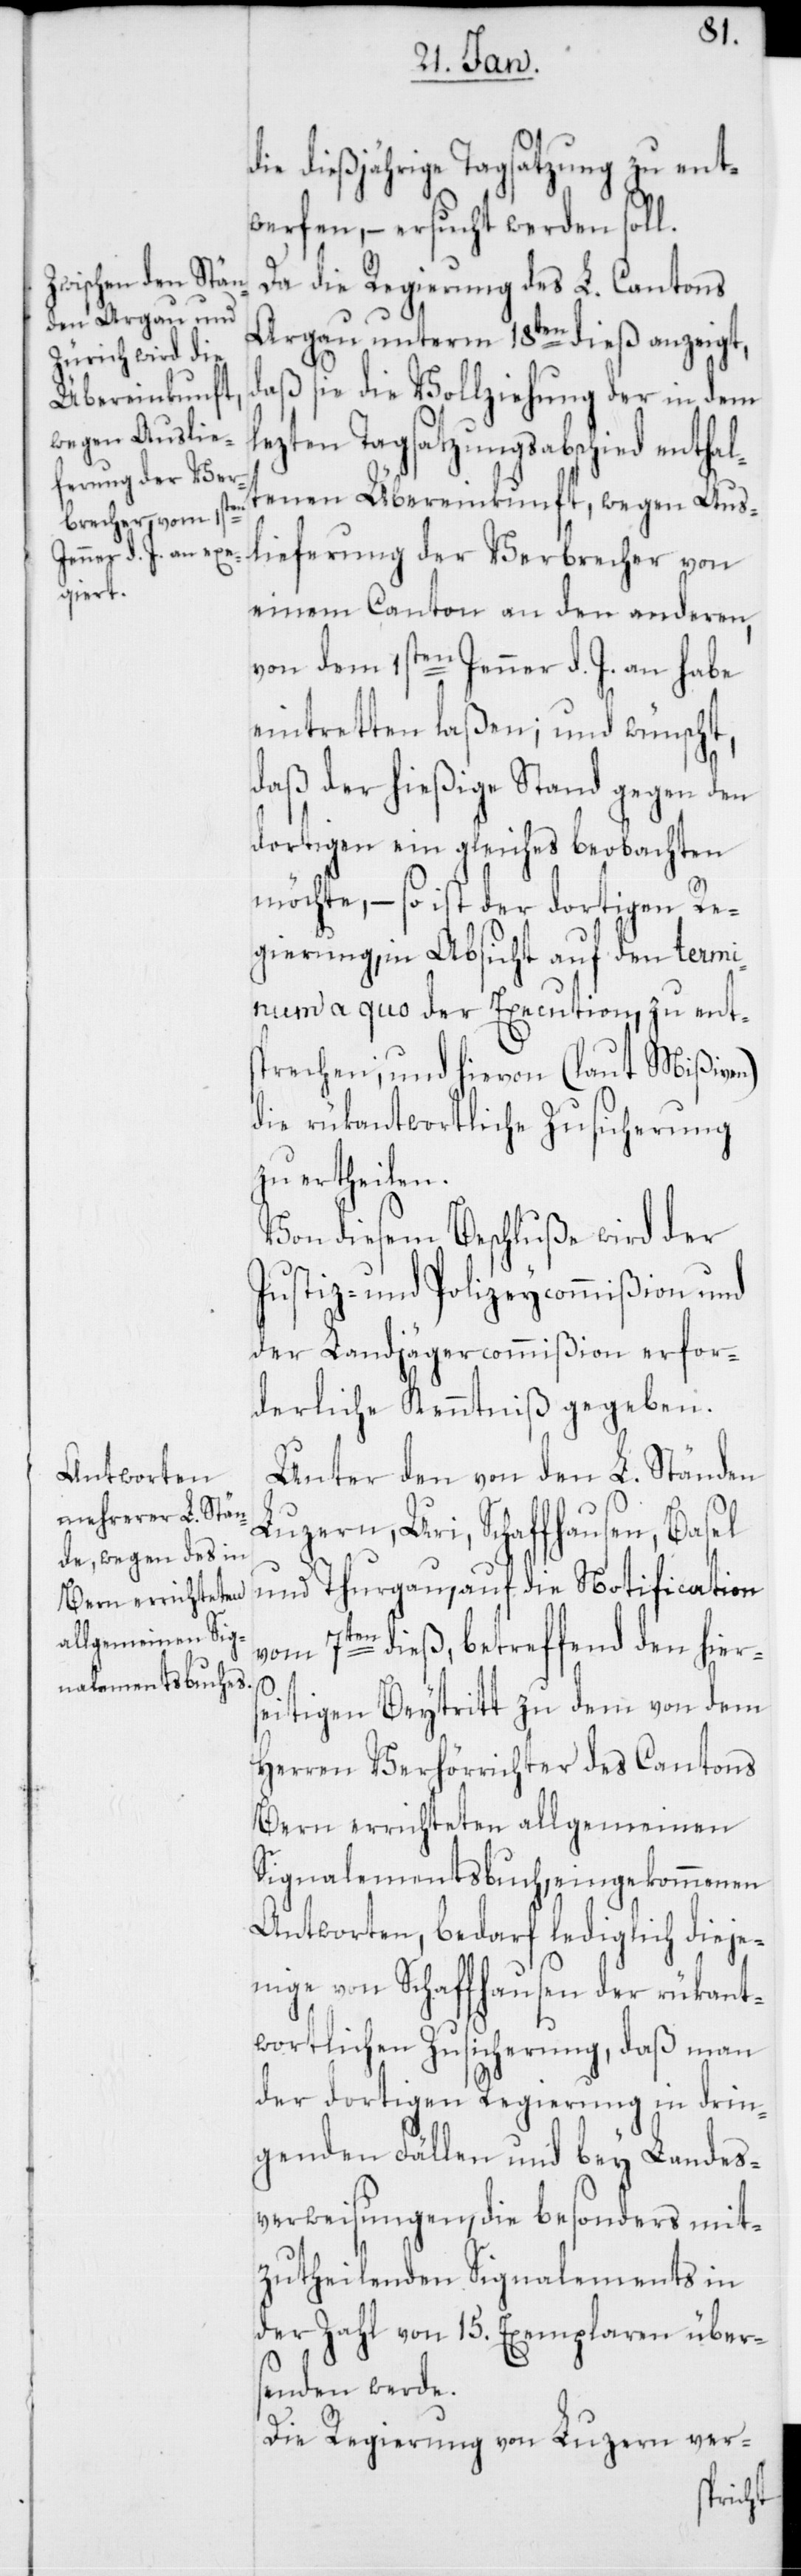
die dießjährige Tagsatzung zu ent¬
werfen, – ersucht werden soll.
Da die Regierung des L. Cantons
Argau unterm 18ten dieß anzeigt,
daß sie die Vollziehung der in dem
lezten Tagsatzungsabschied enthal¬
tenen Übereinkunft, wegen Aus¬
lieferung der Verbrecher von
einem Canton an den anderen,
von dem 1sten Jenner d. J. an habe
eintretten laßen; und wünscht,
daß der hießige Stand gegen den
dortigen ein Gleiches beobachten
möchte, – so ist der dortigen Re¬
gierung, in Absicht auf den termi¬
num a quo der Execution, zu ent¬
sprechen; und hievon (laut Mißiven)
die rükantwortliche Zusicherung
zu ertheilen.
Von diesem Beschluße wird der
Justiz- und Polizeycommißion und
der Landjägercommißion erfor¬
derliche Kenntniß gegeben.
Unter den von den L. Ständen
Luzern, Uri, Schaffhausen, Basel
und Thurgau, auf die Notification
vom 7ten dieß, betreffend den hiers¬
eitigen Beytritt zu dem von dem
Herren Verhörrichter des Cantons
Bern errichteten allgemeinen
Signalementsbuch, eingekommenen
Antworten, bedarf lediglich dieje¬
nige von Schaffhausen der rükant¬
wortlichen Zusicherung, daß man
der dortigen Regierung in drin¬
genden Fällen und bey Landes¬
verweisungen, die besonders mit¬
zutheilenden Signalements in
der Zahl von 15. Exemplaren über¬
senden werde.
Die Regierung von Luzern ver-